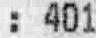
: 401